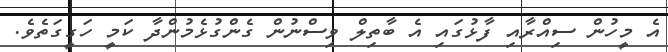
އެ މީހުން ސިއްރާއި ފާޅުގައި އެ ބާތިލް ވިސްނުން ގެންގުޅެމުންދާ ކަމީ ހަގީގަތެވެ.